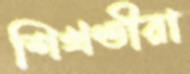
শিখণ্ডীরা